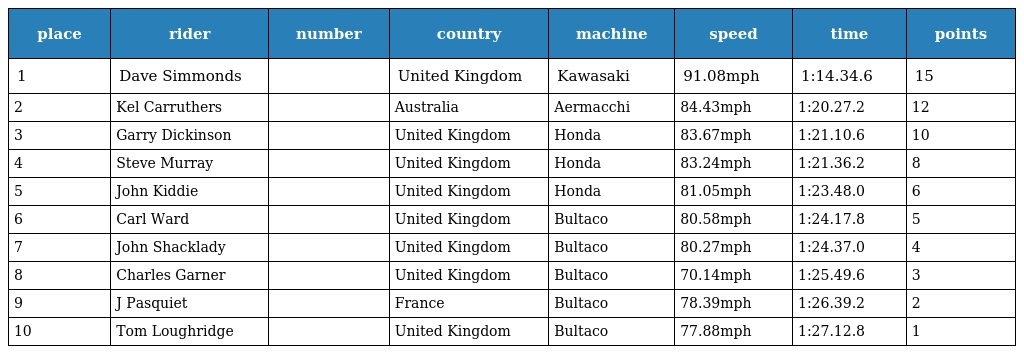
| place | rider | number | country | machine | speed | time | points |
 | --- | --- | --- | --- | --- | --- | --- | --- |
 | 1 | Dave Simmonds |  | United Kingdom | Kawasaki | 91.08mph | 1:14.34.6 | 15 |
 | 2 | Kel Carruthers |  | Australia | Aermacchi | 84.43mph | 1:20.27.2 | 12 |
 | 3 | Garry Dickinson |  | United Kingdom | Honda | 83.67mph | 1:21.10.6 | 10 |
 | 4 | Steve Murray |  | United Kingdom | Honda | 83.24mph | 1:21.36.2 | 8 |
 | 5 | John Kiddie |  | United Kingdom | Honda | 81.05mph | 1:23.48.0 | 6 |
 | 6 | Carl Ward |  | United Kingdom | Bultaco | 80.58mph | 1:24.17.8 | 5 |
 | 7 | John Shacklady |  | United Kingdom | Bultaco | 80.27mph | 1:24.37.0 | 4 |
 | 8 | Charles Garner |  | United Kingdom | Bultaco | 70.14mph | 1:25.49.6 | 3 |
 | 9 | J Pasquiet |  | France | Bultaco | 78.39mph | 1:26.39.2 | 2 |
 | 10 | Tom Loughridge |  | United Kingdom | Bultaco | 77.88mph | 1:27.12.8 | 1 |